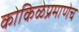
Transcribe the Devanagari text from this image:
कोकिळेप्रमाणेच